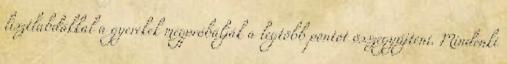
lisztlabdákkal a gyerekek megpróbálják a legtöbb pontot összegyűjteni. Mindenki